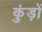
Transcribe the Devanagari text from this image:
कुंड़ों